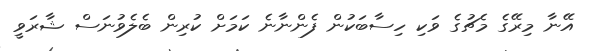
އޭނާ މިރޭގެ މެޗުގެ ވަކި ހިސާބަކުން ފެންނާނެ ކަމަށް ކުރިން ބެލެވުނަސް ޝާރަވީ